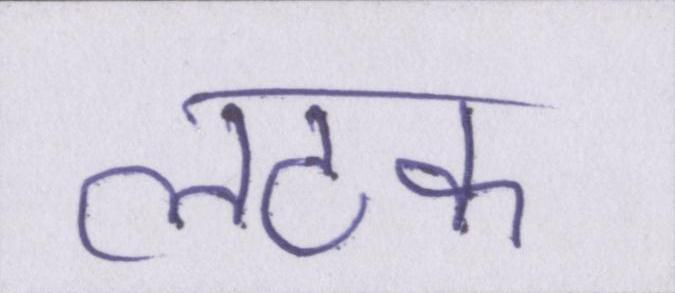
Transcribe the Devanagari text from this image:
लटक